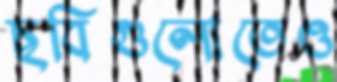
ছবিগুলোতেও